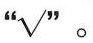
” \surd” 。